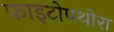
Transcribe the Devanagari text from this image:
फाइटोपथोरा